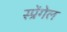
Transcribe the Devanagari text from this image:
स्प्रेंगेल